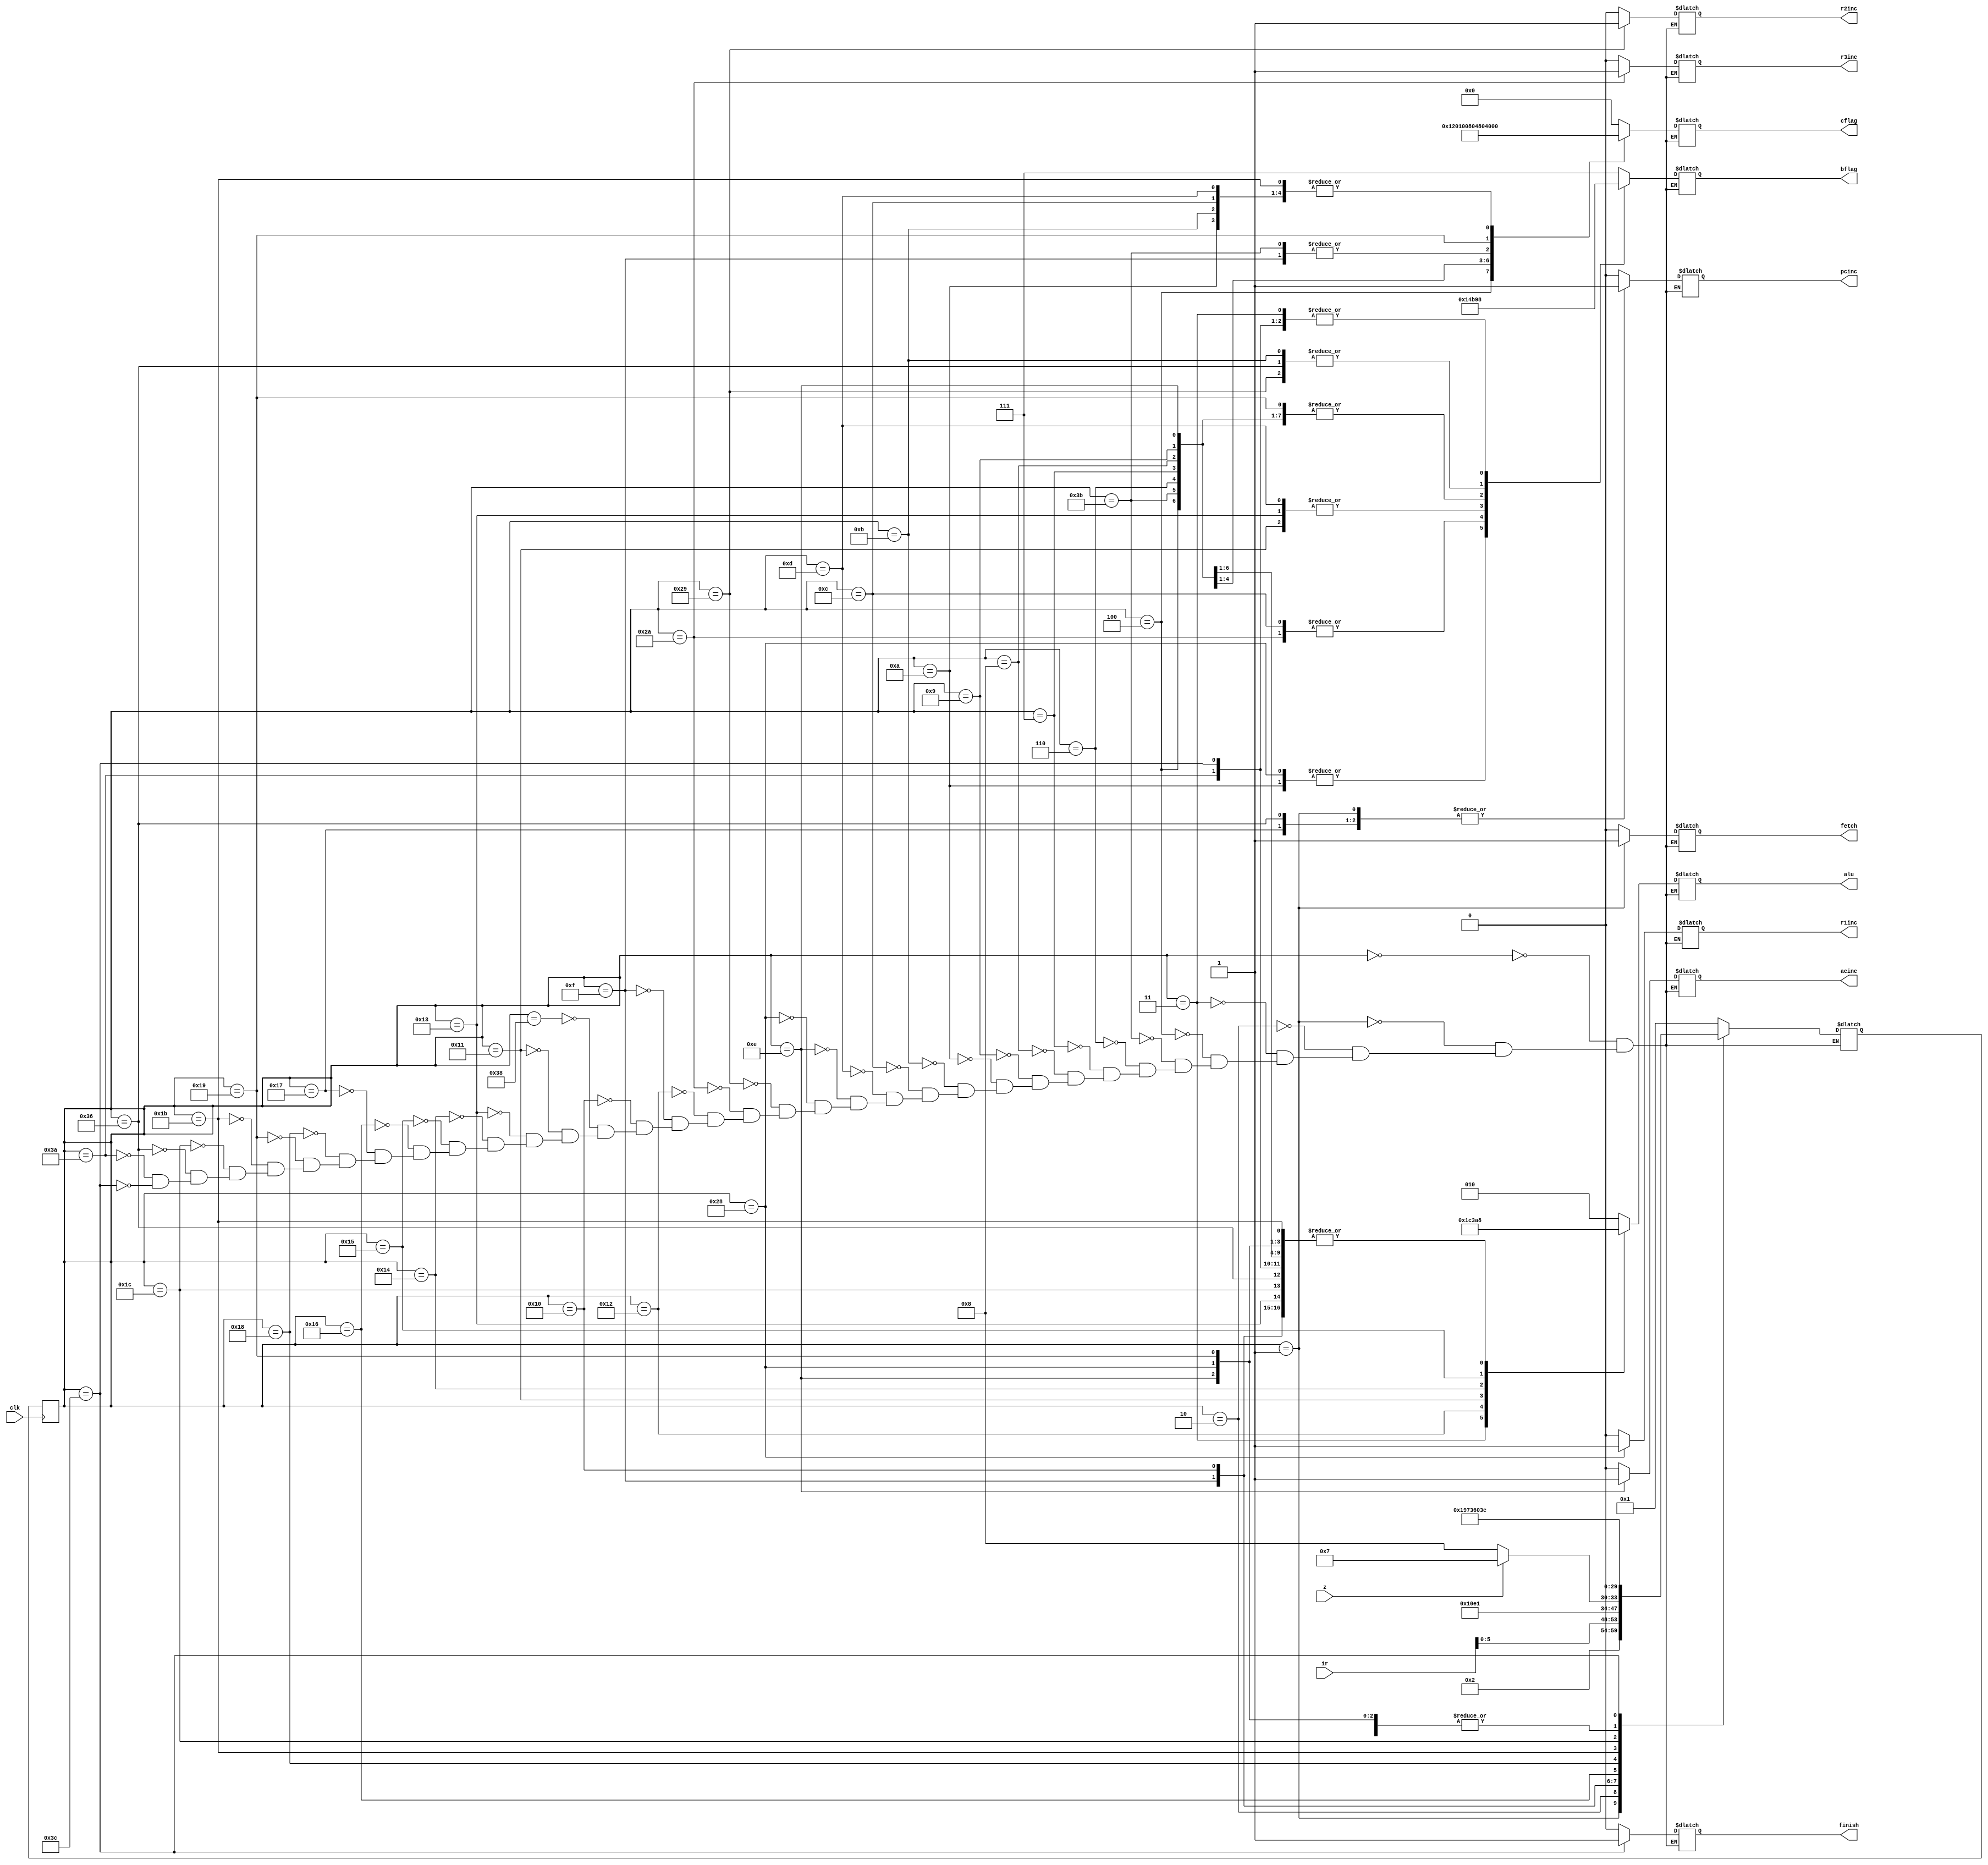
module state_machine(
	clk,
	z,
	ir,
	pcinc,
	r1inc,
	r2inc,
	r3inc,
	acinc,
	bflag,
	alu,
	fetch,
	cflag,
	finish);
	
 input clk; // clock
 input z;  // ALU zero or not
 input [7:0] ir; // instruction register
 output reg pcinc; // increase program counter by one
 output reg r1inc; // increase register1 by one
 output reg r2inc; // increase register2 by one
 output reg r3inc; // increase register3 by one
 output reg acinc; // increase accumulator register by one
 output reg fetch; // enable data write from bus to IR 
 output reg finish=0; // indicates end of processing state
 output reg [2:0] alu; // operator to the ALU
 output reg [2:0] bflag; // controls output to B bus through mux
 output reg [7:0] cflag; // write data to each of eight registers (AR,PC,R1,R2,R3,R,AC,M)
  
 reg [5:0] PS, NS = FETCH1; // PS: present state, NS: next state
  
 parameter 
 FETCH1  =6'd0, 
 FETCH2  =6'd1, 
 FETCH3  =6'd2, 
 FETCH4  =6'd57, 
 CLAC1   =6'd3, 
 MVACAR1  =6'd59, 
 STAC1   =6'd4, 
 STAC2   =6'd53, 
 MVACRI1  =6'd6, 
 MVACRII1  =6'd7, 
 MVACRIII1 =6'd8, 
 MVACR1  =6'd9, 
 MVRIAC1  =6'd10, 
 MVRIIAC1  =6'd11, 
 MVRIIIAC1 =6'd12, 
 MVRAC1  =6'd13, 
 INAC1     =6'd14, 
 INCR1   =6'd40, 
 INCR2   =6'd41, 
 INCR3   =6'd42,  
 LDAC1     =6'd15, 
 LDAC2     =6'd16, 
 LDAC3     =6'd56, 
 SUB1      =6'd17, 
 DECAC1   =6'd18, 
 ADD1    =6'd19, 
 DIV21    =6'd20, 
 MULT4  =6'd21, 
 JUMPNZ1     =6'd22, 
 JUMPNZY1    =6'd23, 
 JUMPNZN1    =6'd24, 
 JUMPNZN2    =6'd25, 
 JUMPNZN3    =6'd26, 
 JUMPNZNSKIP =6'd55, 
 ADDM1       =6'd27, 
 ADDM2       =6'd28, 
 ADDMPC  =6'd54, 
 NOP   =6'd58, 
 END   =6'd60; 
  
 always@(negedge clk) PS<=NS; 
 
 always@(PS or z or ir) 
  case(PS)
   FETCH1:begin // instruction loaded to bus from IRAM
    pcinc<=0; 
    r1inc<=0; 
    r2inc<=0; 
    r3inc<=0; 
    acinc<=0; 
    fetch<=0; 
    finish<=0; 
    bflag<=3'd7; 
    alu<=3'd2; 
    cflag<=8'b00000000; 
    NS<=FETCH2; 
   end 
   FETCH2:begin // bus value written to IR, program counter increased
    pcinc<=1; 
    r1inc<=0; 
    r2inc<=0; 
	 r3inc<=0; 
    acinc<=0; 
    fetch<=1; 
    finish<=0; 
    bflag<=3'd7; 
    alu<=3'd2; 
    cflag<=8'b00000000; 
    NS<=FETCH3; 
   end 
   FETCH3:begin // IR value loaded to state machine
    pcinc<=0; 
    r1inc<=0; 
    r2inc<=0; 
    r3inc<=0; 
    acinc<=0; 
    fetch<=0;  
	 finish<=0; 
    bflag<=3'd7; 
    alu<=3'd2; 
    cflag<=8'b00000000; 
    NS<=ir[5:0]; 
   end 
   CLAC1:begin // clears accumulator
    pcinc<=0; 
    r1inc<=0; 
    r2inc<=0; 
    r3inc<=0; 
    acinc<=0; 
    fetch<=0; 
    finish<=0; 
    bflag<=3'd0; 
    alu<=3'd3; 
    cflag<=8'b00000010;
    NS<=FETCH1;
   end 
   STAC1:begin // load AC to BUS, enable write to DRAM
    pcinc<=0; 
    r1inc<=0; 
    r2inc<=0; 
    r3inc<=0; 
    acinc<=0; 
    fetch<=0; 
    finish<=0; 
    bflag<=3'd6; 
    alu<=3'd0; 
    cflag<=8'b00000001; 
    NS<=FETCH1; 
   end
   MVACAR1:begin // move accumulator to AR
    pcinc<=0; 
    r1inc<=0; 
    r2inc<=0; 
    r3inc<=0; 
    acinc<=0; 
    fetch<=0; 
    finish<=0; 
    bflag<=3'd6; 
    alu<=3'd0; 
	 cflag<=8'b10000000; 
    NS<=FETCH1; 
   end 
	MVACRI1:begin // move accumulator to R1
    pcinc<=0; 
    r1inc<=0; 
    r2inc<=0; 
    r3inc<=0; 
    acinc<=0; 
    fetch<=0; 
    finish<=0; 
    bflag<=3'd6; 
    alu<=3'd0; 
    cflag<=8'b00100000; 
    NS<=FETCH1; 
   end 
   MVACRII1:begin // move accumulator to R2
    pcinc<=0; 
    r1inc<=0; 
    r2inc<=0; 
    r3inc<=0; 
    acinc<=0; 
    fetch<=0; 
    finish<=0; 
    bflag<=3'd6; 
    alu<=3'd0; 
    cflag<=8'b00010000; 
    NS<=FETCH1; 
   end 
   MVACRIII1:begin // move accumulator to R3
    pcinc<=0; 
    r1inc<=0; 
	 r2inc<=0; 
    r3inc<=0; 
    acinc<=0; 
    fetch<=0; 
    finish<=0; 
    bflag<=3'd6; 
    alu<=3'd0; 
    cflag<=8'b00001000; 
    NS<=FETCH1; 
   end 
   MVACR1:begin // move accumulator to R
    pcinc<=0; 
    r1inc<=0; 
    r2inc<=0; 
    r3inc<=0; 
    acinc<=0; 
    fetch<=0; 
    finish<=0; 
    bflag<=3'd6; 
    alu<=3'd0; 
    cflag<=8'b00000100; 
    NS<=FETCH1; 
   end 
   MVRIAC1:begin // move R1 to AC
    pcinc<=0; 
    r1inc<=0; 
    r2inc<=0; 
    r3inc<=0; 
    acinc<=0; 
	 fetch<=0; 
    finish<=0; 
    bflag<=3'd2; 
    alu<=3'd2; 
    cflag<=8'b00000010; 
    NS<=FETCH1; 
   end 
   MVRIIAC1:begin // move R2 to AC
    pcinc<=0; 
    r1inc<=0; 
    r2inc<=0; 
    r3inc<=0; 
    acinc<=0; 
    fetch<=0; 
    finish<=0; 
    bflag<=3'd3; 
    alu<=3'd2; 
    cflag<=8'b00000010; 
    NS<=FETCH1; 
   end 
   MVRIIIAC1:begin // move R3 to AC
    pcinc<=0; 
    r1inc<=0; 
    r2inc<=0; 
    r3inc<=0; 
    acinc<=0; 
    fetch<=0; 
    finish<=0; 
    bflag<=3'd4; 
	 alu<=3'd2; 
    cflag<=8'b00000010; 
    NS<=FETCH1; 
   end 
   MVRAC1:begin // move R to AC 
    pcinc<=0; 
    r1inc<=0; 
    r2inc<=0; 
    r3inc<=0; 
    acinc<=0; 
    fetch<=0; 
    finish<=0; 
    bflag<=3'd5; 
    alu<=3'd2; 
    cflag<=8'b00000010; 
    NS<=FETCH1; 
   end 
   INAC1:begin // increase AC and push to BUS
    pcinc<=0; 
    r1inc<=0; 
    r2inc<=0; 
    r3inc<=0; 
    acinc<=1; 
    fetch<=0; 
    finish<=0; 
    bflag<=3'd6; 
    alu<=3'd0; 
    cflag<=8'b00000000; 
    NS<=FETCH1; 
	 end 
   INCR1:begin // increase R1 and push to bus
    pcinc<=0; 
    r1inc<=1; 
    r2inc<=0; 
    r3inc<=0; 
    acinc<=0; 
    fetch<=0; 
    finish<=0; 
    bflag<=3'd2; 
    alu<=3'd0; 
    cflag<=8'b00000000; 
    NS<=FETCH1; 
   end 
   INCR2:begin // increase R2 and push to bus
    pcinc<=0; 
    r1inc<=0; 
    r2inc<=1; 
    r3inc<=0; 
    acinc<=0; 
    fetch<=0; 
    finish<=0; 
    bflag<=3'd3; 
    alu<=3'd0; 
    cflag<=8'b00000000; 
    NS<=FETCH1; 
   end 
   INCR3:begin // increase R3 and push to BUS
    pcinc<=0; 
	 r1inc<=0; 
    r2inc<=0; 
    r3inc<=1; 
    acinc<=0; 
    fetch<=0; 
    finish<=0; 
    bflag<=3'd4; 
    alu<=3'd0; 
    cflag<=8'b00000000; 
    NS<=FETCH1; 
   end 
   DECAC1:begin // decrease AC and push to bus
    pcinc<=0; 
    r1inc<=0; 
    r2inc<=0; 
    r3inc<=0; 
    acinc<=0; 
    fetch<=0; 
    finish<=0; 
    bflag<=3'd6; 
    alu<=3'd4; 
    cflag<=8'b00000010; 
    NS<=FETCH1; 
   end 
   LDAC1:begin // load AC to AR
    pcinc<=0; 
    r1inc<=0; 
    r2inc<=0; 
    r3inc<=0; 
    acinc<=0; 
    fetch<=0; 
    finish<=0; 
    bflag<=3'd6; 
    alu<=3'd0; 
    cflag<=8'b10000000; 
    NS<=LDAC2; 
   end 
   LDAC2:begin // load DRAM to BUS and write to AC (wait for read)
    pcinc<=0; 
    r1inc<=0; 
    r2inc<=0; 
    r3inc<=0; 
	 acinc<=0; 
    fetch<=0; 
    finish<=0; 
    bflag<=3'd0; 
    alu<=3'd0; 
    cflag<=8'b00000010; 
    NS<=LDAC3; 
   end 
   LDAC3:begin // write to AC
    pcinc<=0; 
    r1inc<=0; 
    r2inc<=0; 
    r3inc<=0; 
    acinc<=0; 
    fetch<=0; 
    finish<=0; 
    bflag<=3'd0; 
    alu<=3'd2; 
    cflag<=8'b00000010; 
    NS<=FETCH1; 
   end 
   SUB1:begin // subtract value in R from AC and store to AC
    pcinc<=0; 
    r1inc<=0; 
    r2inc<=0; 
    r3inc<=0; 
    acinc<=0;  
    fetch<=0; 
	 finish<=0; 
    bflag<=3'd5; 
    alu<=3'd1; 
    cflag<=8'b00000010; 
    NS<=FETCH1; 
   end 
   ADD1:begin // Add value in R to AC and store to AC
    pcinc<=0; 
    r1inc<=0; 
    r2inc<=0; 
    r3inc<=0; 
    acinc<=0; 
    fetch<=0; 
    finish<=0; 
    bflag<=3'd5; 
    alu<=3'd0; 
	 cflag<=8'b00000010; 
    NS<=FETCH1; 
   end 
   DIV21:begin // divide value in AC by 2 and store to AC
    pcinc<=0; 
    r1inc<=0; 
    r2inc<=0; 
    r3inc<=0; 
    acinc<=0; 
    fetch<=0; 
    finish<=0; 
    bflag<=3'd6; 
    alu<=3'd6; 
    cflag<=8'b00000010; 
    NS<=FETCH1; 
   end 
   MULT4:begin // multiply value in AC by 4 and store to AC
    pcinc<=0; 
    r1inc<=0; 
    r2inc<=0; 
    r3inc<=0; 
    acinc<=0; 
    fetch<=0; 
    finish<=0; 
    bflag<=3'd6; 
    alu<=3'd5; 
    cflag<=8'b00000010; 
    NS<=FETCH1; 
   end 
	JUMPNZ1:begin // check value of z
    pcinc<=0; 
    r1inc<=0; 
    r2inc<=0; 
    r3inc<=0; 
    acinc<=0; 
    fetch<=0; 
    finish<=0; 
    bflag<=3'd0; 
    alu<=3'd2; 
    cflag<=8'b00000000; 
    if(z)NS<=JUMPNZY1; 
    else NS<=JUMPNZN1; 
   end 
   JUMPNZY1:begin // for z=1, increase PC and go to next instruction
    pcinc<=1; 
    r1inc<=0; 
    r2inc<=0; 
    r3inc<=0; 
    acinc<=0; 
    fetch<=0; 
    finish<=0; 
    bflag<=3'd0; 
    alu<=3'd2; 
    cflag<=8'b00000000; 
    NS<=FETCH1; 
   end 
   JUMPNZN1:begin // for z=0, load instruction from IRAM to bus
    pcinc<=0; 
	 r1inc<=0; 
    r2inc<=0; 
    r3inc<=0; 
    acinc<=0; 
    fetch<=0; 
    finish<=0; 
    bflag<=3'd7; 
    alu<=3'd2; 
    cflag<=8'b00000000; 
    NS<=JUMPNZN2; 
   end 
//   JUMPNZN2:begin // for z=0, load bus to AC through ALU
//    pcinc<=0; 
//    r1inc<=0; 
//    r2inc<=0; 
//    r3inc<=0; 
//    acinc<=0; 
//    fetch<=0; 
//    finish<=0; 
//    bflag<=3'd7; 
//    alu<=3'd2; 
//    cflag<=8'b00000010; 
//    NS<=JUMPNZN3; 
//   end 
   JUMPNZN2:begin // for z=0, load instruction to PC 
    pcinc<=0; 
    r1inc<=0; 
    r2inc<=0; 
    r3inc<=0; 
	 acinc<=0; 
    fetch<=0; 
    finish<=0; 
    bflag<=3'd6; 
    alu<=3'd0; 
    cflag<=8'b01000000; 
    NS<=FETCH1; 
   end 
   ADDM1:begin // IRAM value loaded to bus 
    pcinc<=0; 
    r1inc<=0; 
    r2inc<=0; 
    r3inc<=0; 
    acinc<=0; 
    fetch<=0; 
    finish<=0; 
    bflag<=3'd7; 
    alu<=3'd0; 
    cflag<=8'b00000010; 
    NS<=ADDM2; 
   end 	
   ADDM2:begin // Write IRAM value to AC
    pcinc<=0; 
    r1inc<=0; 
    r2inc<=0; 
    r3inc<=0; 
    acinc<=0; 
    fetch<=0; 
    finish<=0; 
    bflag<=3'd7; 
    alu<=3'd0; 
    cflag<=8'b00000010; 
    NS<=ADDMPC; 
   end 
   ADDMPC:begin // increase program counter
    pcinc<=1; 
    r1inc<=0; 
    r2inc<=0; 
    r3inc<=0; 
    acinc<=0; 
    fetch<=0; 
    finish<=0; 
	 bflag<=3'd3; 
    alu<=3'd0; 
    cflag<=8'b00000000; 
    NS<=FETCH1; 
   end 
   NOP:begin // blank operation doing nothing
    pcinc<=0; 
    r1inc<=0; 
    r2inc<=0; 
    r3inc<=0; 
    acinc<=0; 
    fetch<=0; 
    finish<=0; 
    bflag<=3'd0; 
    alu<=3'd0; 
    cflag<=8'b00000000; 
	 NS<=FETCH1; 
   end 
   END:begin // stop the clock and end processing
    pcinc<=0; 
    r1inc<=0; 
    r2inc<=0; 
    r3inc<=0; 
    acinc<=0; 
    fetch<=0; 
    finish<=1; 
    bflag<=3'd0; 
    alu<=3'd0; 
    cflag<=8'b00000000; 
    NS<=END; 
   end    
    
  endcase 
endmodule